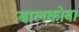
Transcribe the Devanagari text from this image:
बालकोबा